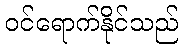
ဝင်ရောက်နိုင်သည်